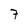
Character: 7